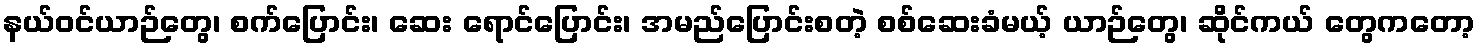
နယ်ဝင်ယာဉ်တွေ၊ စက်ပြောင်း၊ ဆေး ရောင်ပြောင်း၊ အမည်ပြောင်းစတဲ့ စစ်ဆေးခံမယ့် ယာဉ်တွေ၊ ဆိုင်ကယ် တွေကတော့